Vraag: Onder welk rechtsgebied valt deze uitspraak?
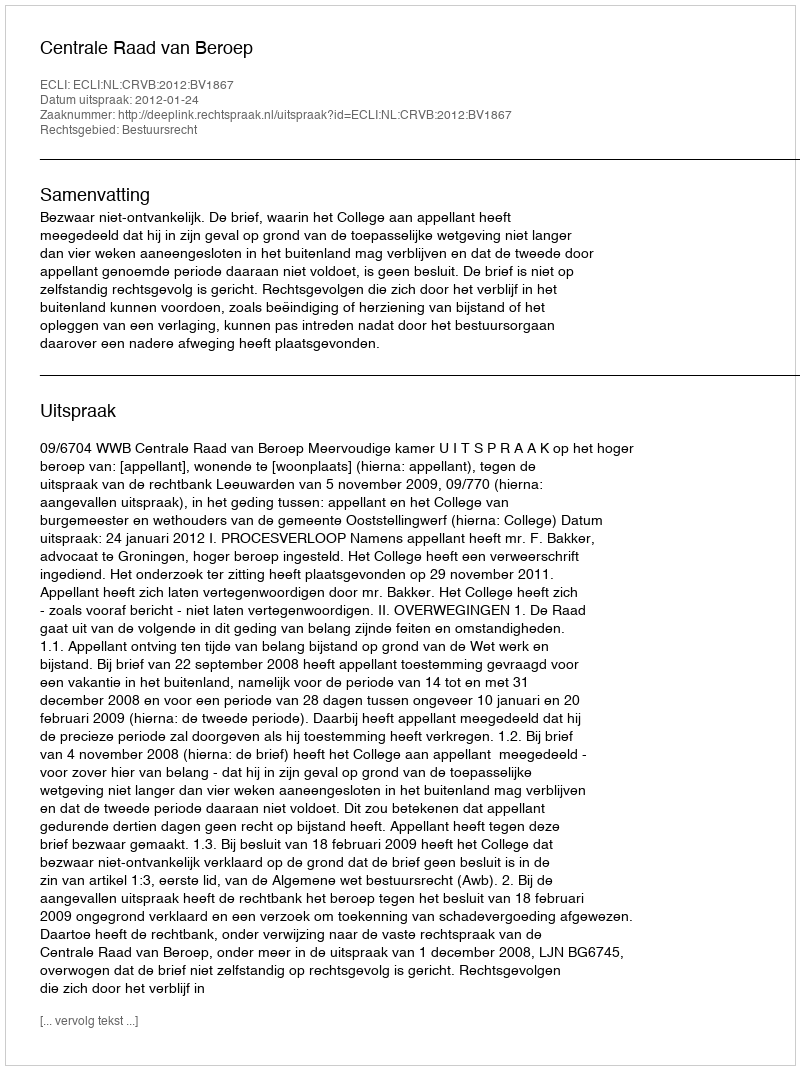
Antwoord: Bestuursrecht